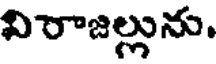
విరాజల్లును.